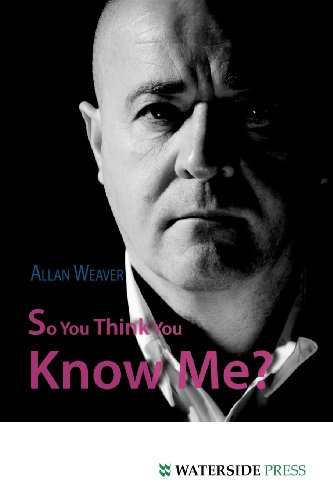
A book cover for So You Think You Know Me?; Allan Weaver; Computers & Technology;